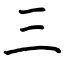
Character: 三